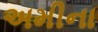
અમીના